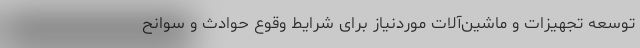
توسعه تجهیزات و ماشین‌آلات موردنیاز برای شرایط وقوع حوادث و سوانح